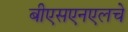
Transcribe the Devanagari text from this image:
बीएसएनएलचे